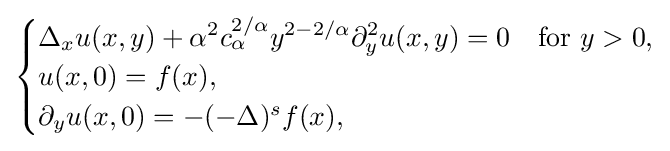
{\begin{cases}\Delta _{x}u(x,y)+\alpha ^{2}c_{\alpha }^{2/\alpha }y^{2-2/\alpha }\partial _{y}^{2}u(x,y)=0&{\text{for }}y>0,\\u(x,0)=f(x),\\\partial _{y}u(x,0)=-(-\Delta )^{s}f(x),\end{cases}}